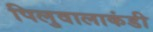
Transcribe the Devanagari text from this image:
पिलुवालाकंडी